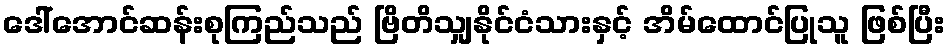
ဒေါ်အောင်ဆန်းစုကြည်သည် ဗြိတိသျှနိုင်ငံသားနှင့် အိမ်ထောင်ပြုသူ ဖြစ်ပြီး